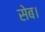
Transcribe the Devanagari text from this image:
सेब।